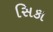
સિકા